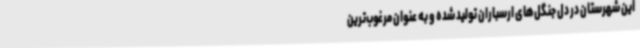
این شهرستان در دل جنگل‌های ارسباران تولید شده و به عنوان مرغوب‌ترین